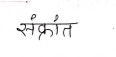
मजकूर: संक्रांत